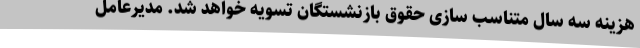
هزینه سه سال متناسب سازی حقوق بازنشستگان تسویه خواهد شد. مدیرعامل